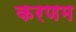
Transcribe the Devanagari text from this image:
करणम